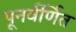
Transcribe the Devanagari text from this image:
पूनर्वर्णित